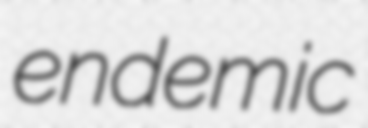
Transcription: endemic